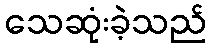
သေဆုံးခဲ့သည်